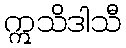
ဣသိဒါသီ